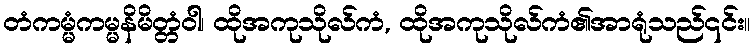
တံကမ္မံကမ္မနိမိတ္တံဝါ၊ ထိုအကုသိုလ်ကံ, ထိုအကုသိုလ်ကံ၏အာရုံသည်၎င်း။